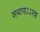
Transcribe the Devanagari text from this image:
शब्दगाऽऽरवा